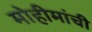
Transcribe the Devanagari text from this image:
मोहीमांची